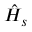
\hat { H } _ { s }